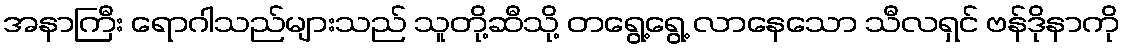
အနာကြီး ရောဂါသည်များသည် သူတို့ဆီသို့ တရွေ့ရွေ့ လာနေသော သီလရှင် ဗန်ဒိုနာကို